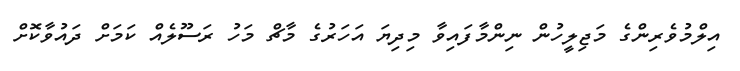
އިލްމުވެރިންގެ މަޖިލީހުން ނިންމާފައިވާ މިދިޔަ އަހަރުގެ މާޗް މަހު ރަސޫލެއް ކަމަށް ދައުވާކޮށް